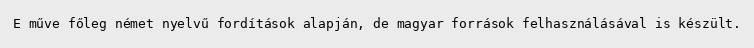
E műve főleg német nyelvű fordítások alapján, de magyar források felhasználásával is készült.